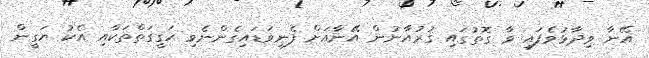
އޭނާ ވިދާޅުވެފައި ވާ ގޮތުގައި ޤުރުއާނުން އޭނާއަށް ފެނިވަޑައިގެންނެވި ހަގީގަތްތަކާއި އެކު ޔަގީން